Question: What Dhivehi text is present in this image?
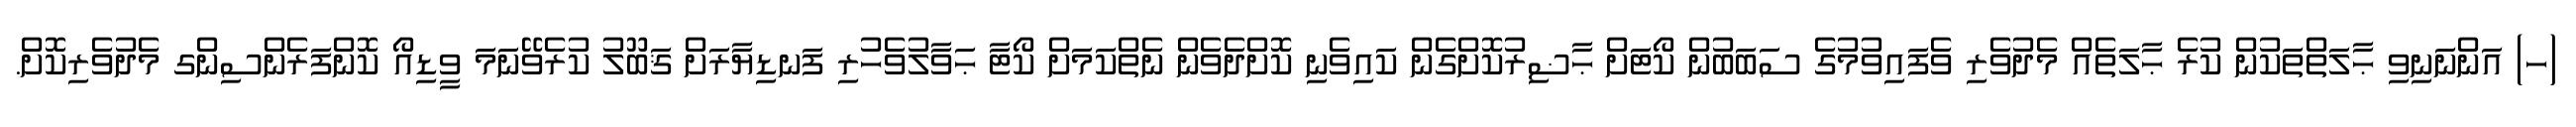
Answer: (ހ) އަންނަނިވި ޙާލަތްތަކުން ކުރެ ޙާލަތެއް މެދުވެރި ވެފައިވުމުގެ ސަބަބުން ކޯޓަށް ޙާޟިރުކޮށްގެން ކައިވެނި ކޮށްދެވެން ނެތްކަމަށް ކޯޓާ ޙަވާލުވެހުރި ފަނޑިޔާރަށް ޤަބޫލު ކުރެވޭނަމަ ވީޑިއޯ ކޮންފަރެންސިންގ މެދުވެރިކޮށް.